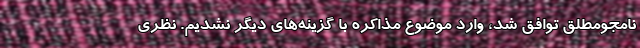
نامجومطلق توافق شد، وارد موضوع مذاکره با گزینه‌های دیگر نشدیم. نظری